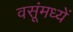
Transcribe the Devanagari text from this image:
वसूंमध्यें